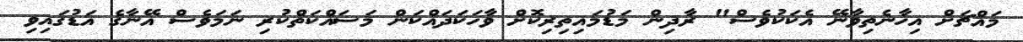
މައްޗަށް އިހާނެތިވާނޭ އެކަކުވެސް" ރާދިން މަޑުމައިތިރިކޮށް ވާހަކަދައްކަން މަސައްކަތްކުރި ނަމަވެސް އޭނާގެ އަޑުގައިވި